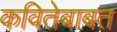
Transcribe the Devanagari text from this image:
कवितेबाबत